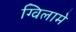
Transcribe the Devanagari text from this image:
ग्विलामे